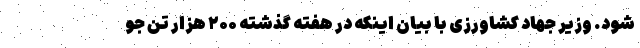
شود. وزیر جهاد کشاورزی با بیان اینکه در هفته گذشته ۲۰۰ هزار تن جو